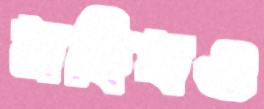
মহিষও